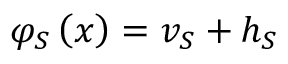
\begin{array} { r } { \varphi _ { S } \left( x \right) = v _ { S } + h _ { S } } \end{array}